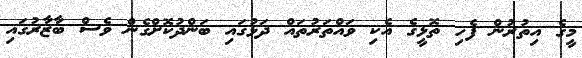
މީގެ އިތުރުން ފެހި ތޮޅީގެ އެކި ވައްތަރުތައް ދަޅުގައި ބަންދުކޮށްގެން ވެސް ބާޒާރުގައި